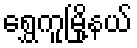
ရွှေကူမြို့နယ်